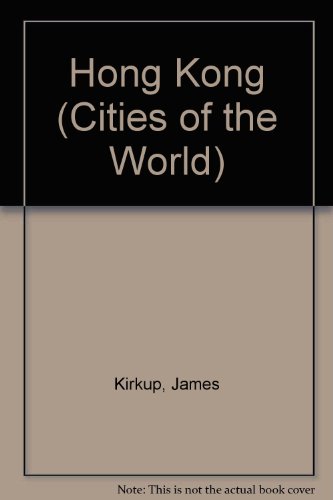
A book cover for Hong Kong (Cities of the World); James Kirkup; Travel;